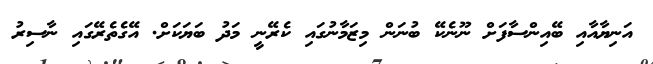
އަނިޔާއާއި ބޭއިންސާފަށް ނޫނެކޭ ބުނަން މިޒަމާނުގައި ކެރޭނީ މަދު ބަޔަކަށް. އޭގެތެރޭގައި ނާސިރު